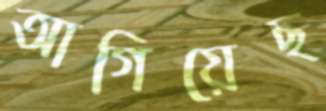
আগিয়েছ